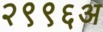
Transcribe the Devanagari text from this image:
२९९६अ